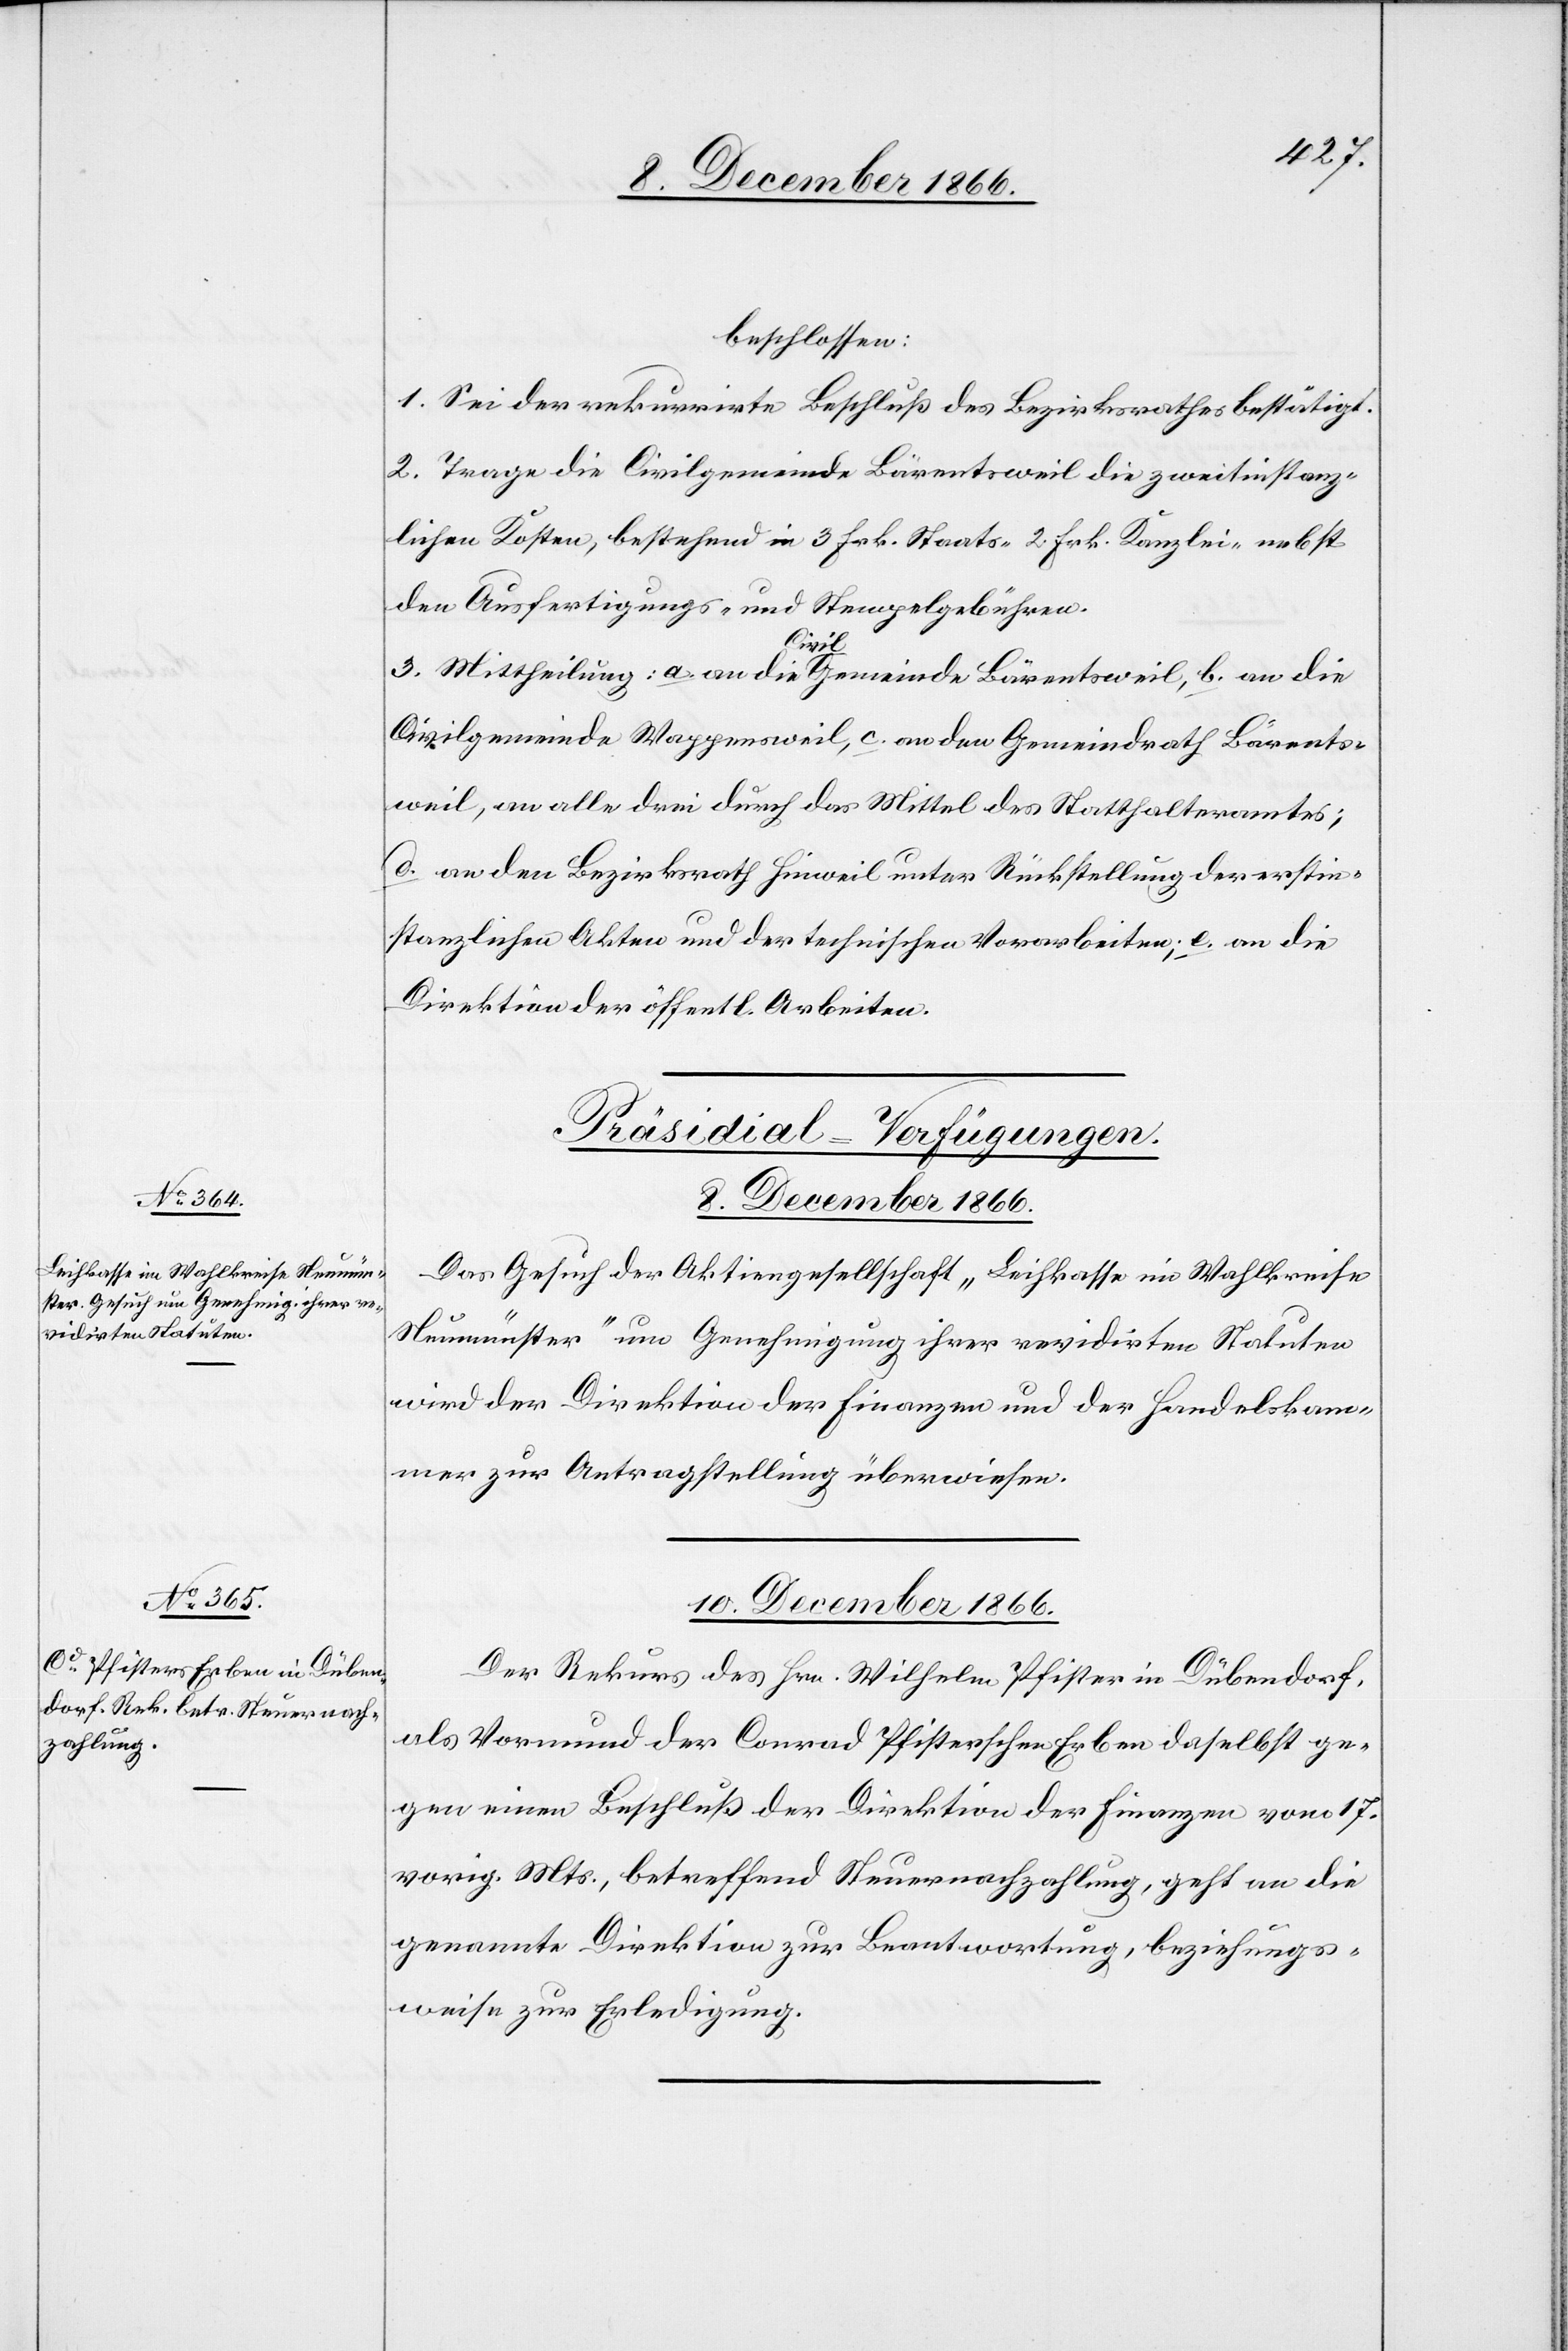
beschlossen:
1. Sei der rekurrirte Beschluß des Bezirksrathes bestätigt.
2. Trage die Civilgemeinde Bärentsweil die zweitinstanz¬
lichen Kosten, bestehend in 3 Frk. Staats-[,] 2 Frk. Kanzlei- nebst
den Ausfertigungs- und Stempelgebühren.
3. Mittheilung: a. an die Civil-Gemeinde Bärentsweil, b. an die
Civilgemeinde Wappensweil, c. an den Gemeindrath Bärents¬
weil, an alle drei durch das Mittel des Statthalteramtes;
d. an den Bezirksrath Hinweil unter Rückstellung der erstin¬
stanzlichen Akten und der technischen Vorarbeiten, e. an die
Direktion der öffentl. Arbeiten.
[Präsidial-Verfügungen.]
8. December 1866.
Das Gesuch der Aktiengesellschaft „Leihkasse im Wahlkreise
Neumünster“ um Genehmigung ihrer revidirten Statuten
wird der Direktion der Finanzen und der Handelskam¬
mer zur Antragstellung überwiesen.
10. December 1866.
Der Rekurs des Hrn. Wilhelm Pfister in Dübendorf,
als Vormund der Conrad Pfisterschen Erben daselbst ge¬
gen einen Beschluß der Direktion der Finanzen vom 17.
vorig. Mts., betreffend Steuernachzahlung, geht an die
genannte Direktion zur Beantwortung, beziehungs¬
weise zur Erledigung.